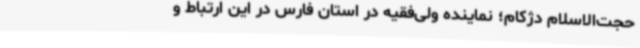
حجت‌الاسلام دژکام؛ نماینده ولی‌فقیه در استان فارس در این ارتباط و